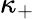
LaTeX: \kappa_{+}